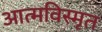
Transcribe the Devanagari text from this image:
आत्‍मविस्‍मृत